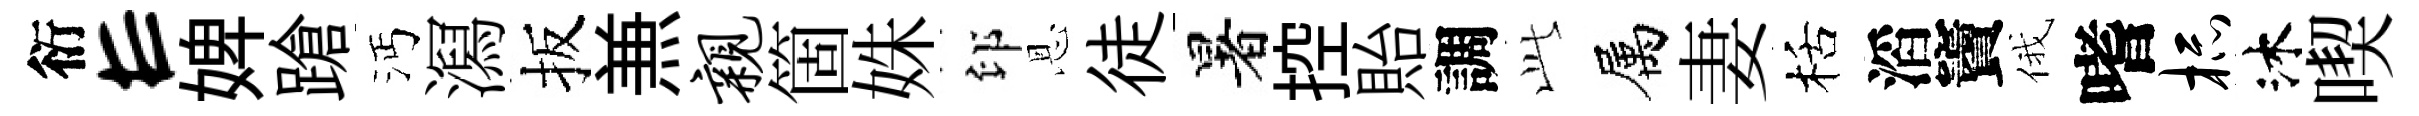
衍E婢蹌沔㵼扳𠔥亲箇姝印恩徒暑控貽調𬼘属妻栝滔竇俄嗜杯沐喫